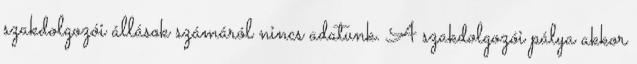
szakdolgozói állások számáról nincs adatunk. A szakdolgozói pálya akkor